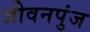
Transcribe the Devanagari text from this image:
जीवनपुंज